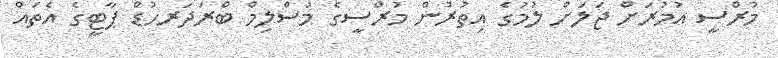
މުރްސީ އުމުރަށް ޖަލަށް ލުމުގެ އިތުރުން މުރްސީގެ މުސްލިމް ބްރަދަރހުޑް ޕާޓީގެ އެތައް